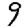
Digit: 9